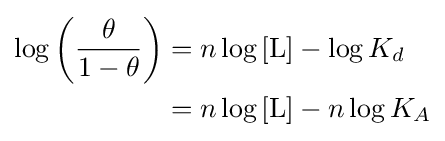
{\begin{aligned}\log \left({\theta  \over 1-\theta }\right)&=n\log {[{\ce {L}}]}-\log {K_{d}}\\&=n\log {[{\ce {L}}]}-n\log {K_{A}}\end{aligned}}